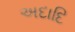
અદાદિ